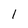
Character: I